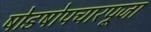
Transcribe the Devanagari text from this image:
षोडषोपचारपूजा